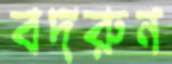
বদরুন